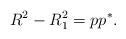
LaTeX: \begin{align*}R^2 -R_1^2 = pp^*.\end{align*}